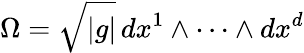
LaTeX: \Omega=\sqrt{|g|}\, dx^{1}\wedge\cdots\wedge dx^{d}